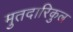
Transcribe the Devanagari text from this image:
मुतदारिकुल